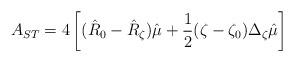
LaTeX: \begin{align*}A_{ST}=4\left [ ( \hat R_{0}-\hat R_{\zeta})\hat\mu+ \frac{1}{2}(\zeta-\zeta_{0})\Delta_{\zeta}\hat\mu \right]\end{align*}